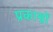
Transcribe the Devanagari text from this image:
प्रकाश्नों